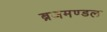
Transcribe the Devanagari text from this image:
ब्रजमण्डल